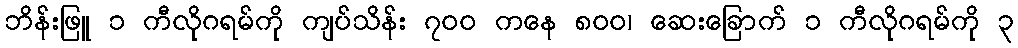
ဘိန်းဖြူ ၁ ကီလိုဂရမ်ကို ကျပ်သိန်း ၇၀၀ ကနေ ၈၀၀၊ ဆေးခြောက် ၁ ကီလိုဂရမ်ကို ၃